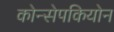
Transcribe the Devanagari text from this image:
कोन्सेपकियोन